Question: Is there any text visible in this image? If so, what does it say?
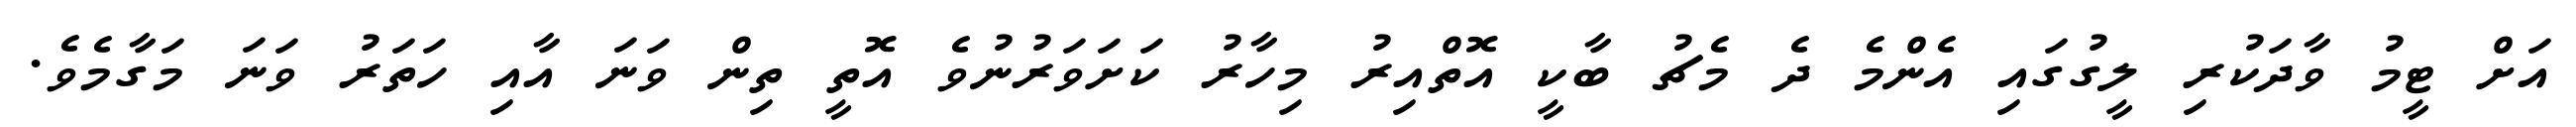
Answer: އަށް ޓީމު ވާދަކުރި ލީގުގައި އެންމެ ދެ މެޗު ބާކީ އޮތްއިރު މިހާރު ކަށަވަރުނުވެ އޮތީ ތިން ވަނަ އާއި ހަތަރު ވަނަ މަގާމެވެ.